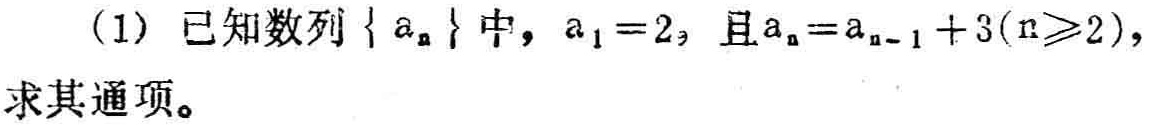
(1) 已知数列\(\{ a_{n}\}\)中，\(a_{1}=2\)，且\(a_{n}=a_{n - 1}+3(n\geqslant2)\)，求其通项。